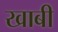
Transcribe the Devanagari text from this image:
खाबी